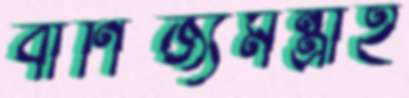
বাণিজ্যমন্ত্রীই